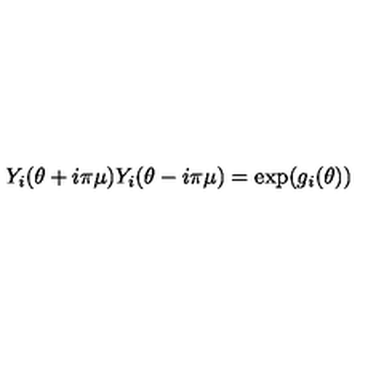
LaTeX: Y _ { i } ( \theta + i \pi \mu ) Y _ { i } ( \theta - i \pi \mu ) = \exp ( g _ { i } ( \theta ) )